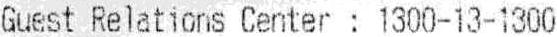
GUEST RELATIONS CENTER : 1300-13-1300